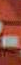
-